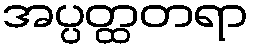
အပ္ပတ္ထတရာ